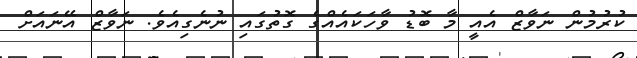
ކުރުމުން ނަވާޒް އެއީ މާ ބޮޑު ވާހަކައެއްގެ ގޮތުގައި ނުނެގިއެވެ. ނަވާޒް އޭނައަށް